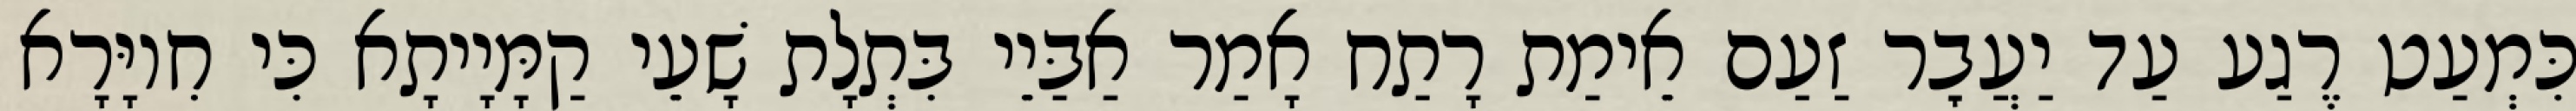
כִּמְעַט רֶגַע עַד יַעֲבׇר זַעַם אֵימַת רָתַח אָמַר אַבַּיֵי בִּתְלָת שָׁעֵי קַמָּיָיתָא כִּי חִיוָּרָא